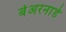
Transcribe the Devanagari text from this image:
बेअरनार्ड